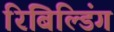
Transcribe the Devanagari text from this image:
रिबिल्डिंग